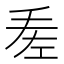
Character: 𢀠